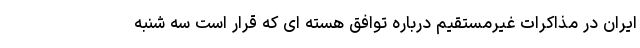
ایران در مذاکرات غیرمستقیم درباره توافق هسته ای که قرار است سه شنبه